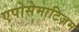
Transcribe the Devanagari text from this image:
एपोसेमाटिज़म